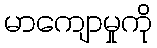
မာကျောမှုကို